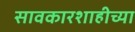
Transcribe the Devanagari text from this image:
सावकारशाहीच्या